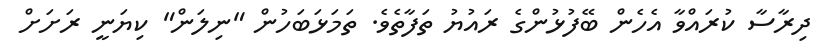
ދިރާސާ ކުރައްވާ އެހެން ބޭފުޅުންގެ ރައުޔު ތަފާތެވެ. ތަމަޅަބަހުން "ނިލަން" ކިޔަނީ ރަށަށް